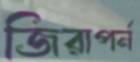
জিরাপর্ন